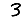
Digit: 3